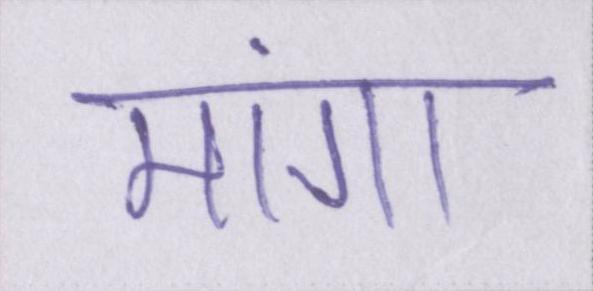
मांगा